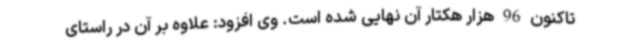
تاکنون 96 هزار هکتار آن نهایی شده است. وی افزود: علاوه بر آن در راستای